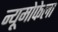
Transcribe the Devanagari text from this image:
न्यूमोफेला